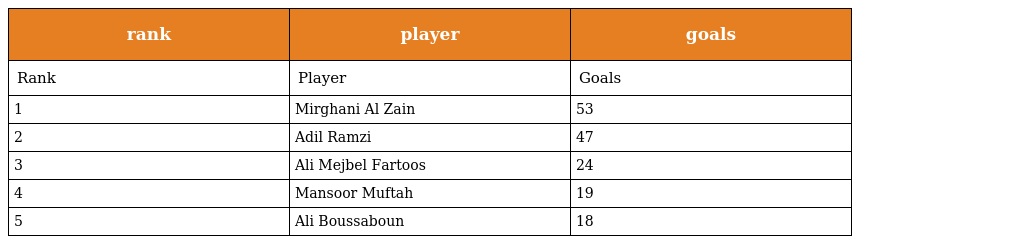
| rank | player | goals |
 | --- | --- | --- |
 | Rank | Player | Goals |
 | 1 | Mirghani Al Zain | 53 |
 | 2 | Adil Ramzi | 47 |
 | 3 | Ali Mejbel Fartoos | 24 |
 | 4 | Mansoor Muftah | 19 |
 | 5 | Ali Boussaboun | 18 |